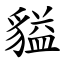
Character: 貖